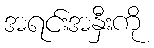
အရင်းအနှီးကို